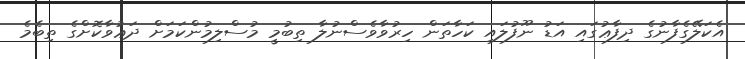
އެކަލޭގެފާނުގެ ދިފާޢުގައި އަޑު ނޫފުލައި ކަހާތަން ހިރުވާވެސްނުލާ ތިބުމީ މުސްލިމުންކަމަށް ދަޢުވާކޮށްގެ ތިބެމެ